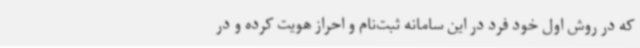
که در روش اول خود فرد در این سامانه ثبت‌نام و احراز هویت کرده و در